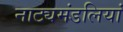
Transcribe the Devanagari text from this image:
नाट्यमंडलियां